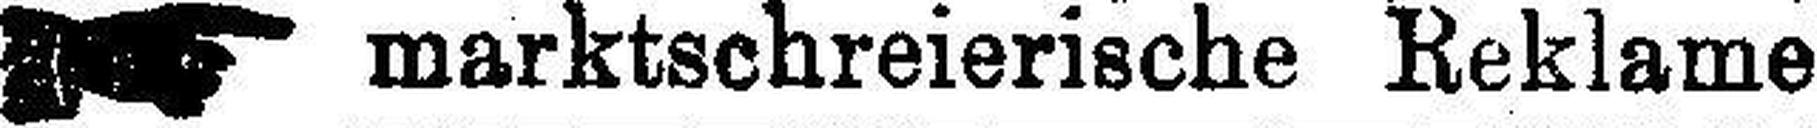
marktschreierische Reklame